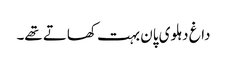
داغ دہلوی پان بہت کھاتے تھے۔